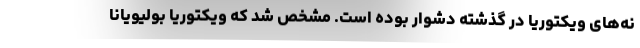
نه‌های ویکتوریا در گذشته دشوار بوده است. مشخص شد که ویکتوریا بولیویانا